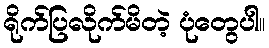
ရိုက်ပြလိုက်မိတဲ့ ပုံတွေပါ။